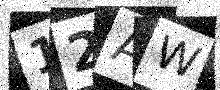
Text: 12AW